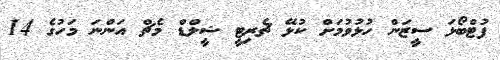
ފުޓްބޯޅަ ސީޒަން ހުޅުވުމަށް ކުޅޭ ޗެރިޓީ ޝީލްޑް މެޗް އަންނަ މަހުގެ 14